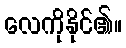
လေကိုနိုင်၏။